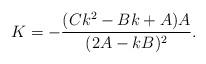
LaTeX: \begin{align*}K=-\frac{(Ck^2-Bk+A)A}{(2A-kB)^2} .\end{align*}